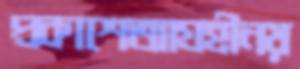
প্রকাশেআগ্রহীনয়